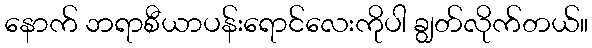
နောက် ဘရာစီယာပန်းရောင်လေးကိုပါ ချွတ်လိုက်တယ်။